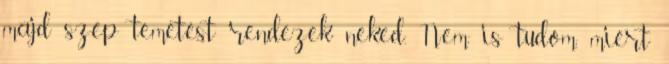
majd szép temetést rendezek neked. Nem is tudom, miért